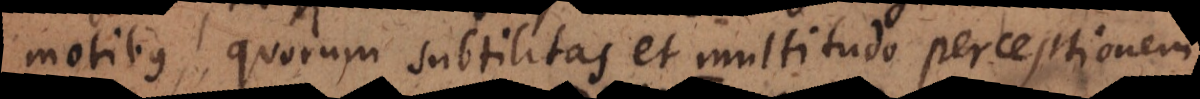
motibus, quorum subtilitas et multitudo perceptionem